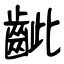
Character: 齜